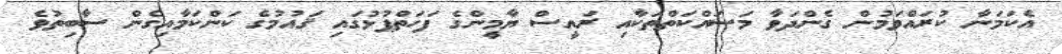
އެކަމަނާ ކުރައްވަމުން ގެންދަވާ މަސައްކަތްތަކާއި ރައީސް ޔާމީންގެ ފަހަތްޕުޅުގައި ޤައުމުގެ ކަންކަމާއިގެން ސާބިތުވެ